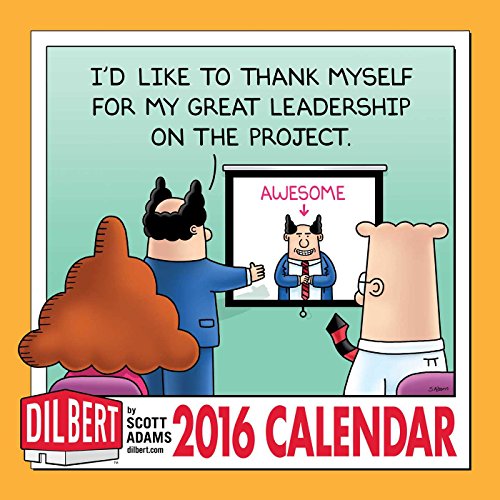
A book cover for Dilbert 2016 Wall Calendar; Scott Adams; Calendars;